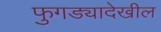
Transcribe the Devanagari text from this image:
फुगड्यादेखील